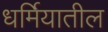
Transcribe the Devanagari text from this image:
धर्मियातील